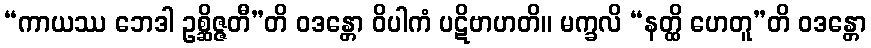
“ကာယဿ ဘေဒါ ဥစ္ဆိဇ္ဇတီ”တိ ဝဒန္တော ဝိပါကံ ပဋိဗာဟတိ။ မက္ခလိ “နတ္ထိ ဟေတူ”တိ ဝဒန္တော